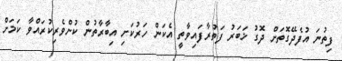
ފިތުނަ އުފެދޭގޮތަށް ދޮގު ޚަބަރު ފަތުރާފައިވާތީ އެކަން ހަރުކަށި އިބާރާތުން ކުށްވެރިކުރައްވާ ކަމަށް